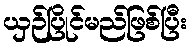
ယှဉ်ပြိုင်မည်ဖြစ်ပြီး